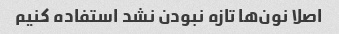
اصلا نون‌ها تازه نبودن نشد استفاده کنیم